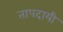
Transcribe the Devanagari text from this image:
तापदायी